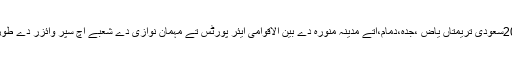
غیر ملکی خبر رساں ادارے دے مطابق 20سعودی تریمتاں یاض ،جدہ،دمام،اتے مدینہ منورہ دے بین الاقوامی ایئر پورٹس تے مہمان نوازی دے شعبے اچ سپر وائزر دے طور تے فرائض ادا کرنڑ شروع کر ڈتے ہن۔